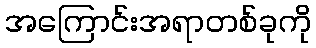
အကြောင်းအရာတစ်ခုကို